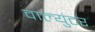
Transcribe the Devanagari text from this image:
वाल्युंटर